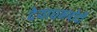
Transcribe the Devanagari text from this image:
देयाधमपोदी